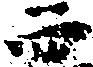
西